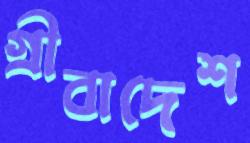
গ্রীবাদেশ